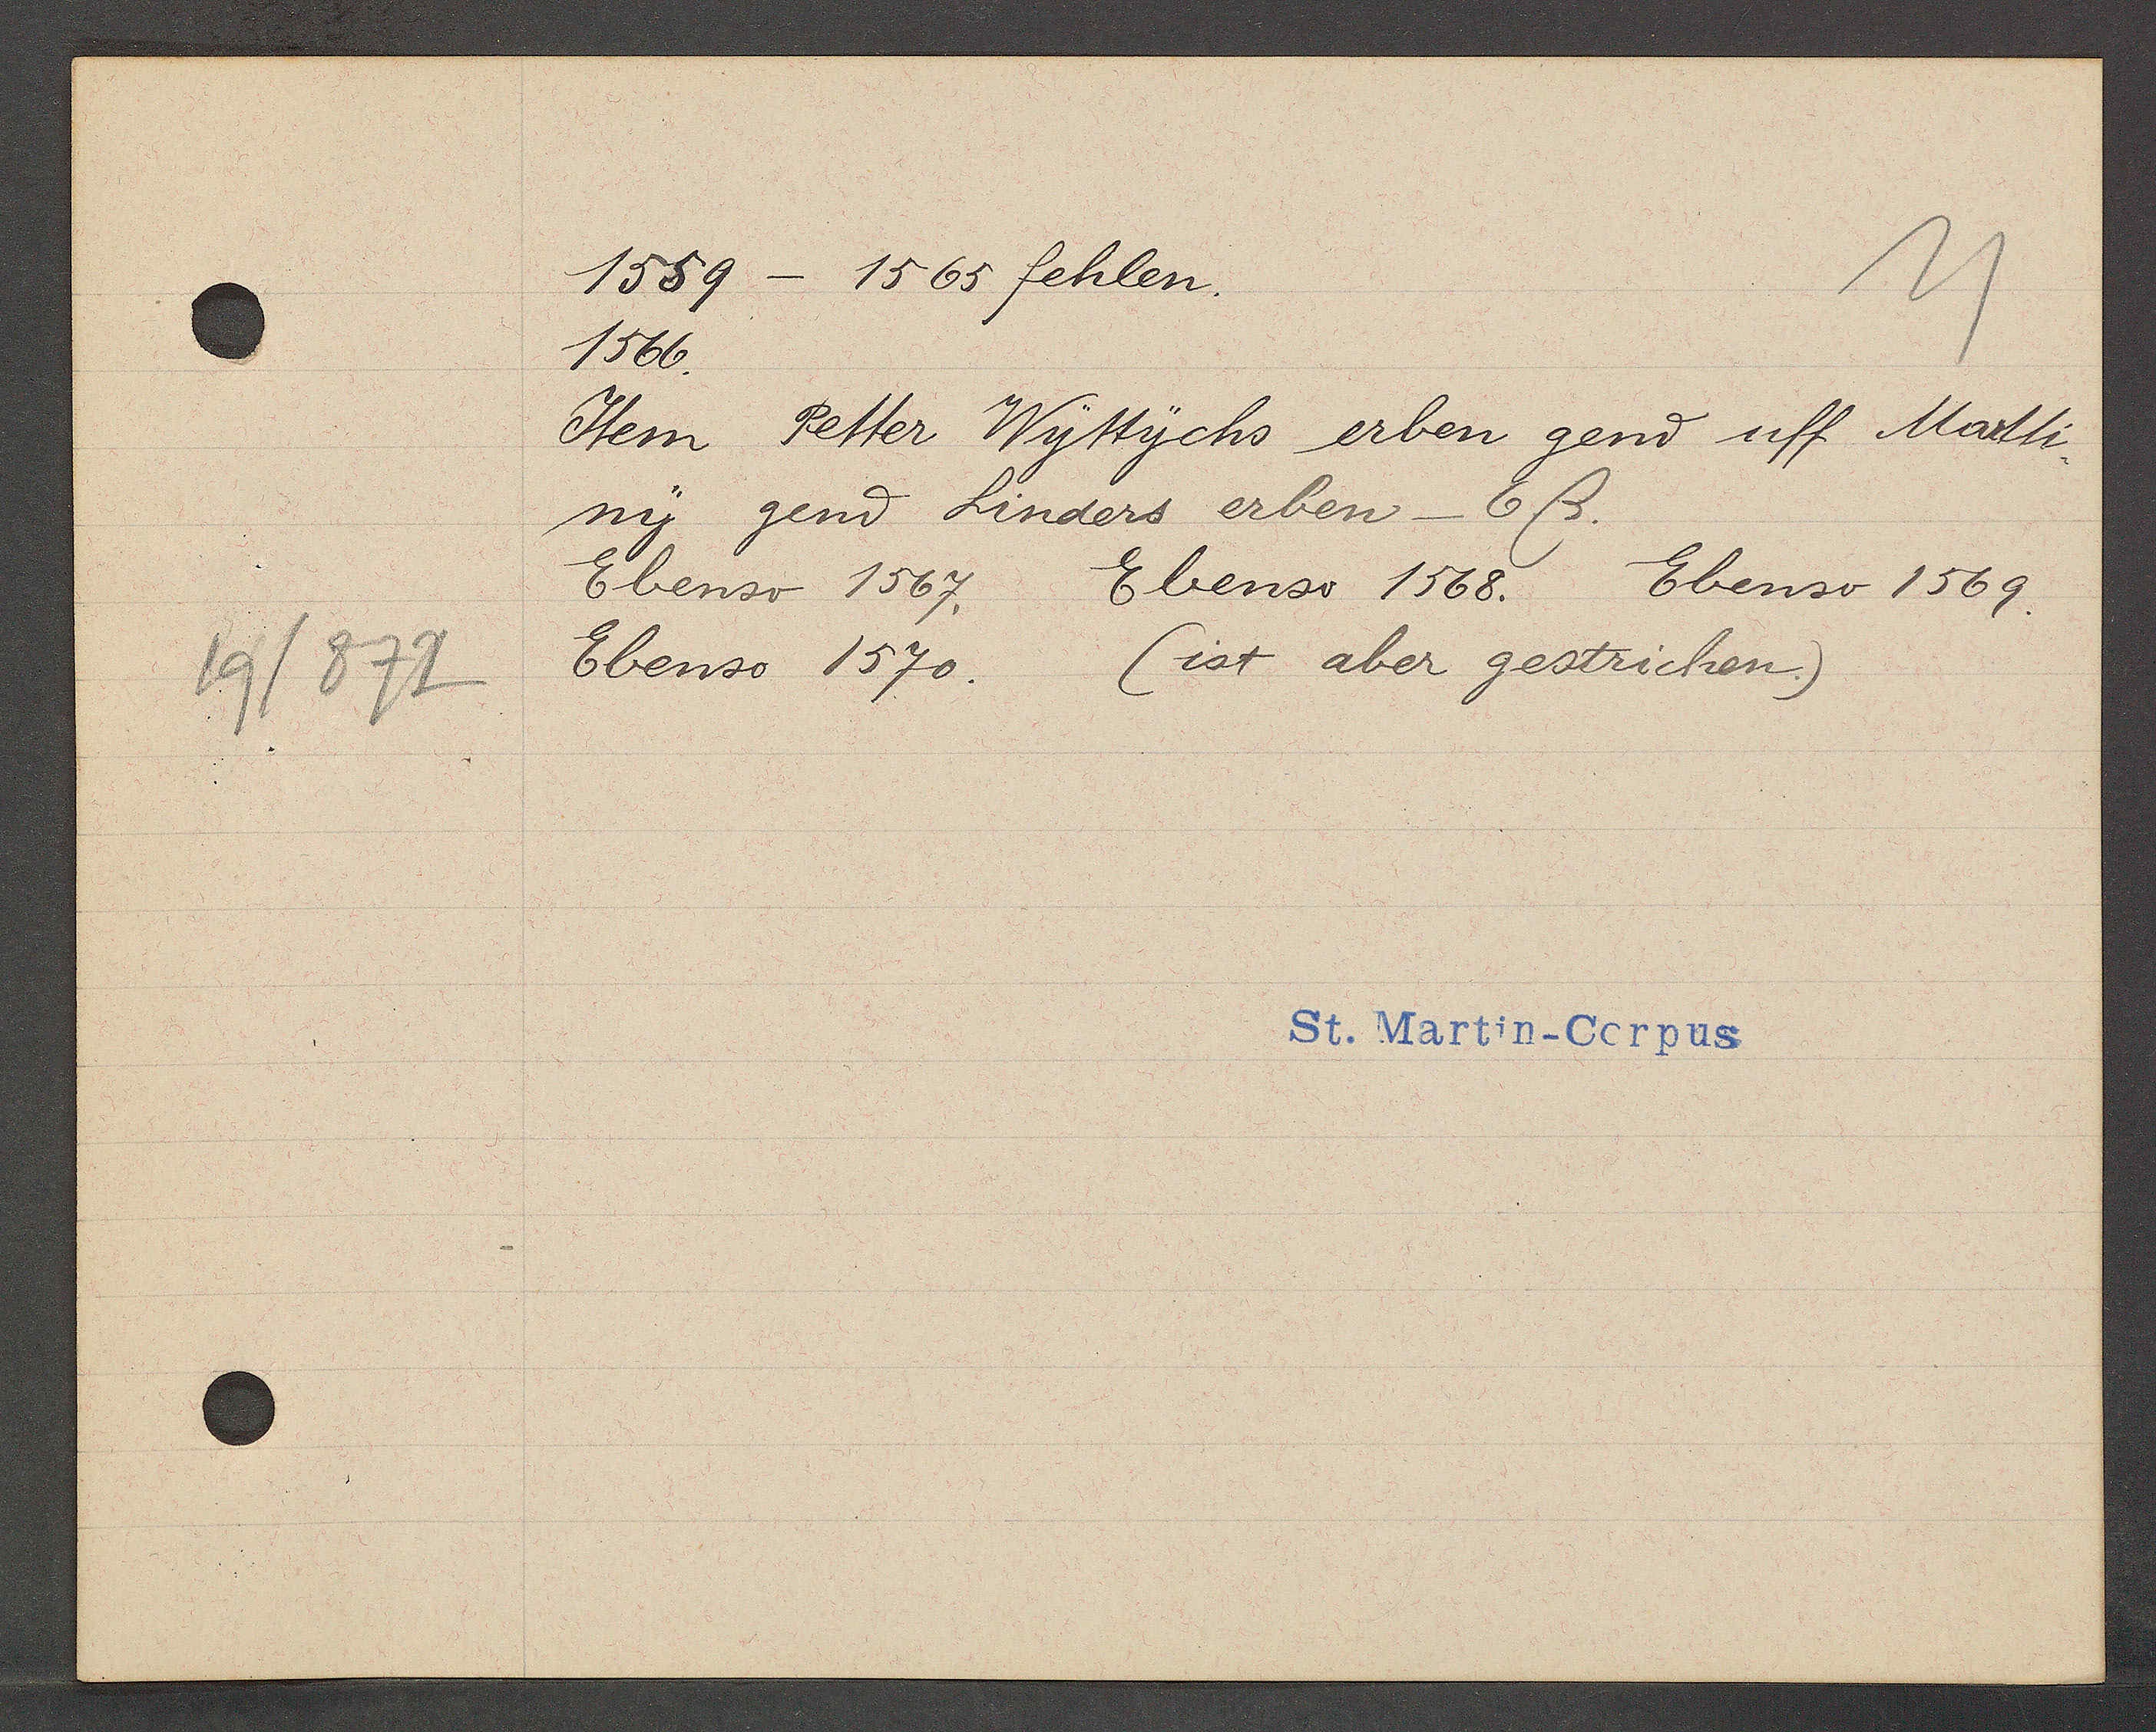
Transcript:
19/872

1559 - 1565 fehlen.

1566.
Item Petter Wittychs erben gend uff Martti¬
ny gend Linders erben -6ß.
Ebenso 1567.
Ebenso 1568. Ebenso 1569.
(ist aber gestrichen.)
Ebenso 1570.

St. Martin-Corpus